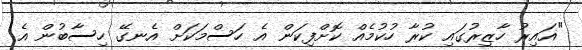
"ޣައިރު ހާޒިރުގައި ކުރާ ހުކުމެއް ކޮށްފިކަން އެ ހަސްމަކަށް އެނގޭ ހިސާބުން އެ